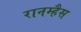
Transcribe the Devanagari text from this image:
रानम्हैस